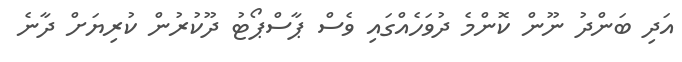
އަދި ބަންދު ނޫން ކޮންމެ ދުވަހެއްގައި ވެސް ޕާސްޕޯޓު ދޫކުރުން ކުރިޔަށް ދާނެ